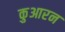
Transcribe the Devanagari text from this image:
कुआरन